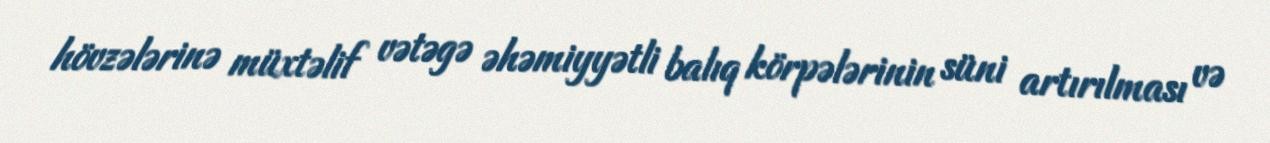
hövzələrinə müxtəlif vətəgə əhəmiyyətli balıq körpələrinin süni artırılması və